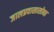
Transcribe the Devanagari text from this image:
जालप्रवासासोबत